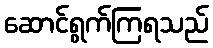
ဆောင်ရွက်ကြရသည်